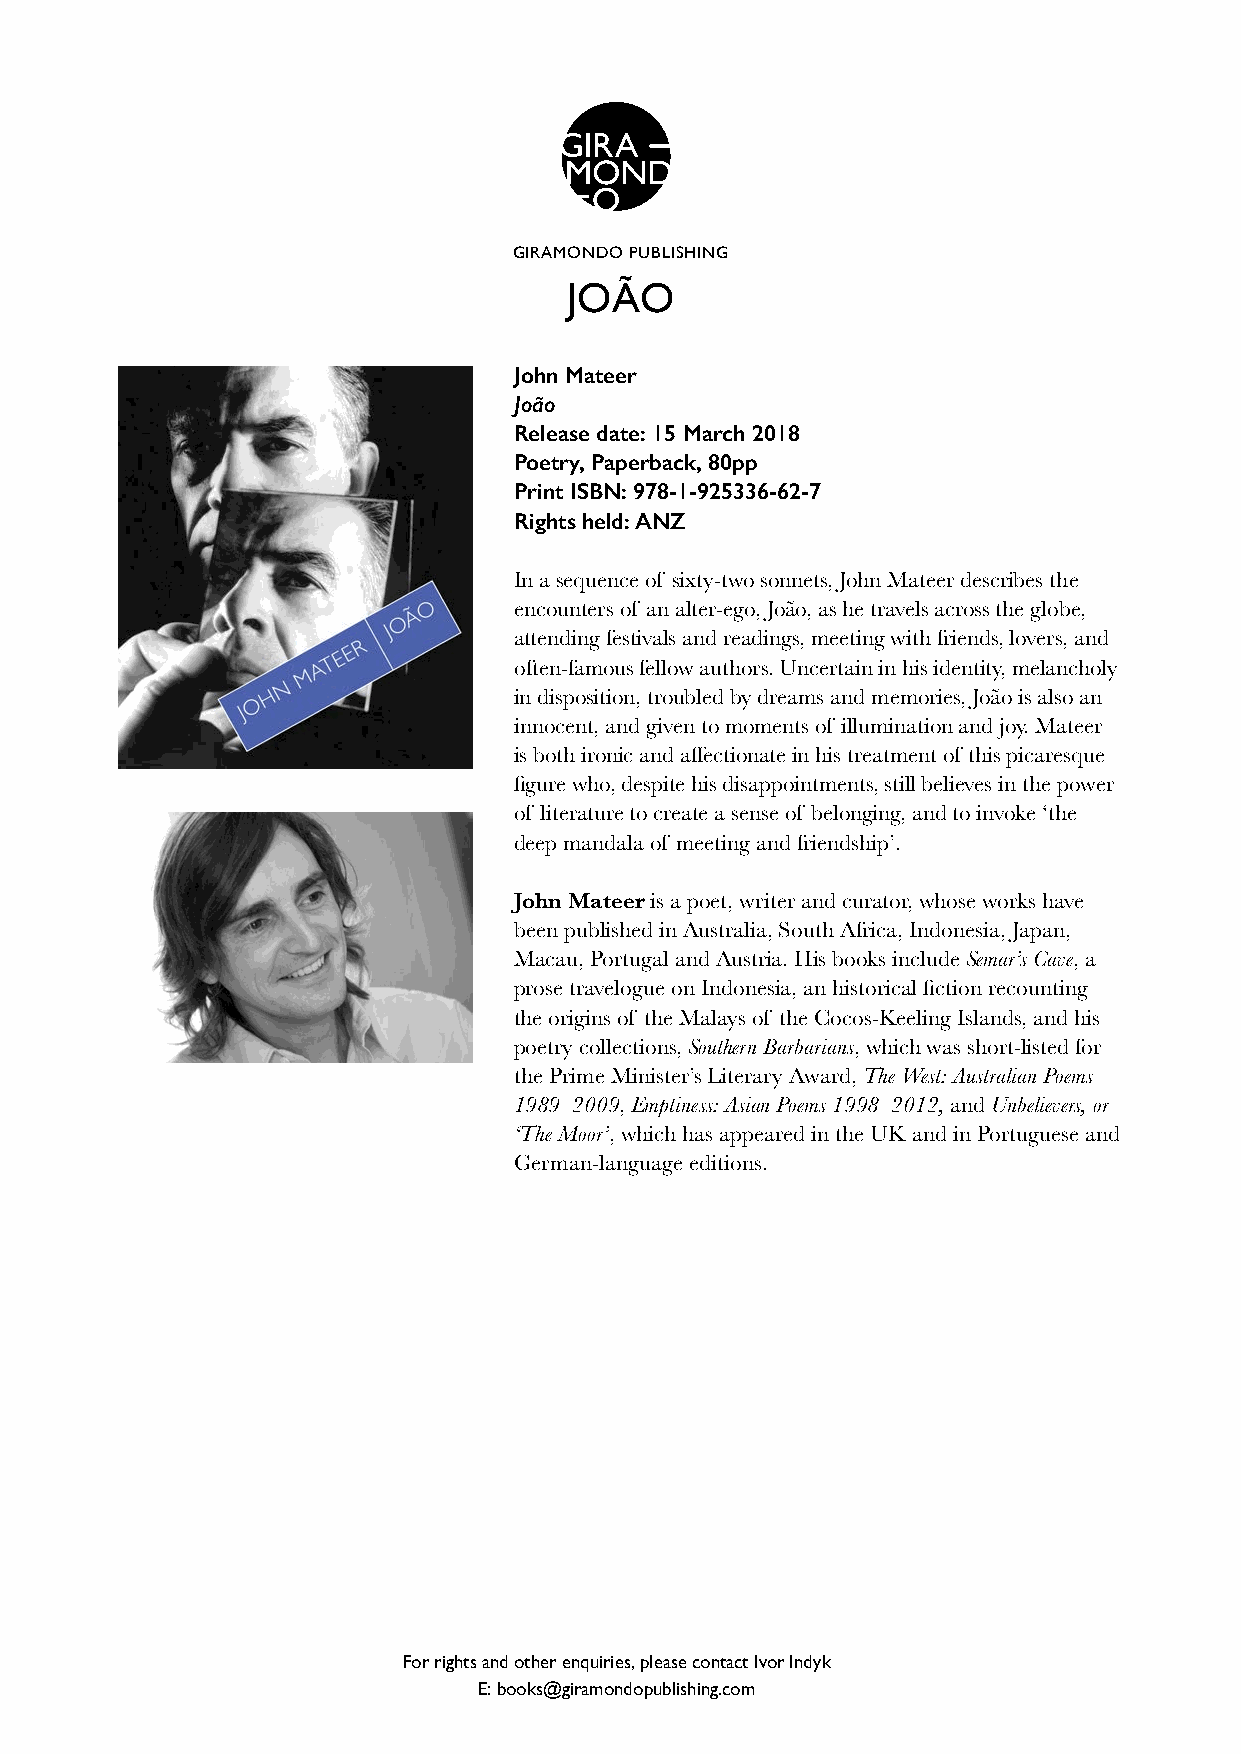
GIRAMONDO PUBLISHING
 JOÃO
 John Mateer
 João
 Release date: 15 March 2018
 Poetry, Paperback, 80pp
 Print ISBN: 978-1-925336-62-7
 Rights held: ANZ
 In a sequence of sixty-two sonnets, John Mateer describes the
 encounters of an alter-ego, João, as he travels across the globe,
 attending festivals and readings, meeting with friends, lovers, and
 often-famous fellow authors. Uncertain in his identity, melancholy
 in disposition, troubled by dreams and memories, João is also an
 innocent, and given to moments of illumination and joy. Mateer
 is both ironic and affectionate in his treatment of this picaresque
 figure who, despite his disappointments, still believes in the power
 of literature to create a sense of belonging, and to invoke ‘the
 deep mandala of meeting and friendship’.
 John Mateer is a poet, writer and curator, whose works have
 been published in Australia, South Africa, Indonesia, Japan,
 Macau, Portugal and Austria. His books include Semar’s Cave, a
 prose travelogue on Indonesia, an historical fiction recounting
 the origins of the Malays of the Cocos-Keeling Islands, and his
 poetry collections, Southern Barbarians, which was short-listed for
 the Prime Minister’s Literary Award, The West: Australian Poems
 1989–2009, Emptiness: Asian Poems 1998–2012, and Unbelievers, or
 ‘The Moor’, which has appeared in the UK and in Portuguese and
 German-language editions.
 For rights and other enquiries, please contact Ivor Indyk
 E: books@giramondopublishing.com